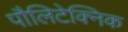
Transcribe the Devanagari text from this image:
पौलिटेक्निक